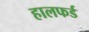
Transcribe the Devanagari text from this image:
हालफर्ड